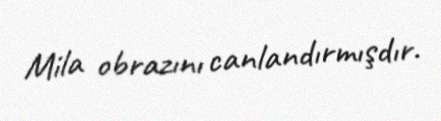
Mila obrazını canlandırmışdır.